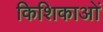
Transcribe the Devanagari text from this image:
किशिकाओं